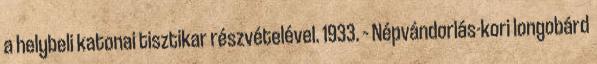
a helybeli katonai tisztikar részvételével. 1933. – Népvándorlás-kori longobárd